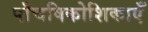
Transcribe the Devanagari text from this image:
पाँचषिकोशिकाएँ